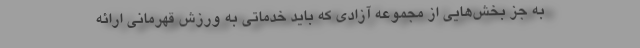
به جز بخش‌هایی از مجموعه آزادی که باید خدماتی به ورزش قهرمانی ارائه